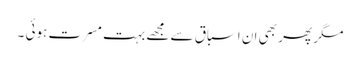
مگر پھر بھی ان اسباق سے مجھے بہت مسرت ہوئی ۔